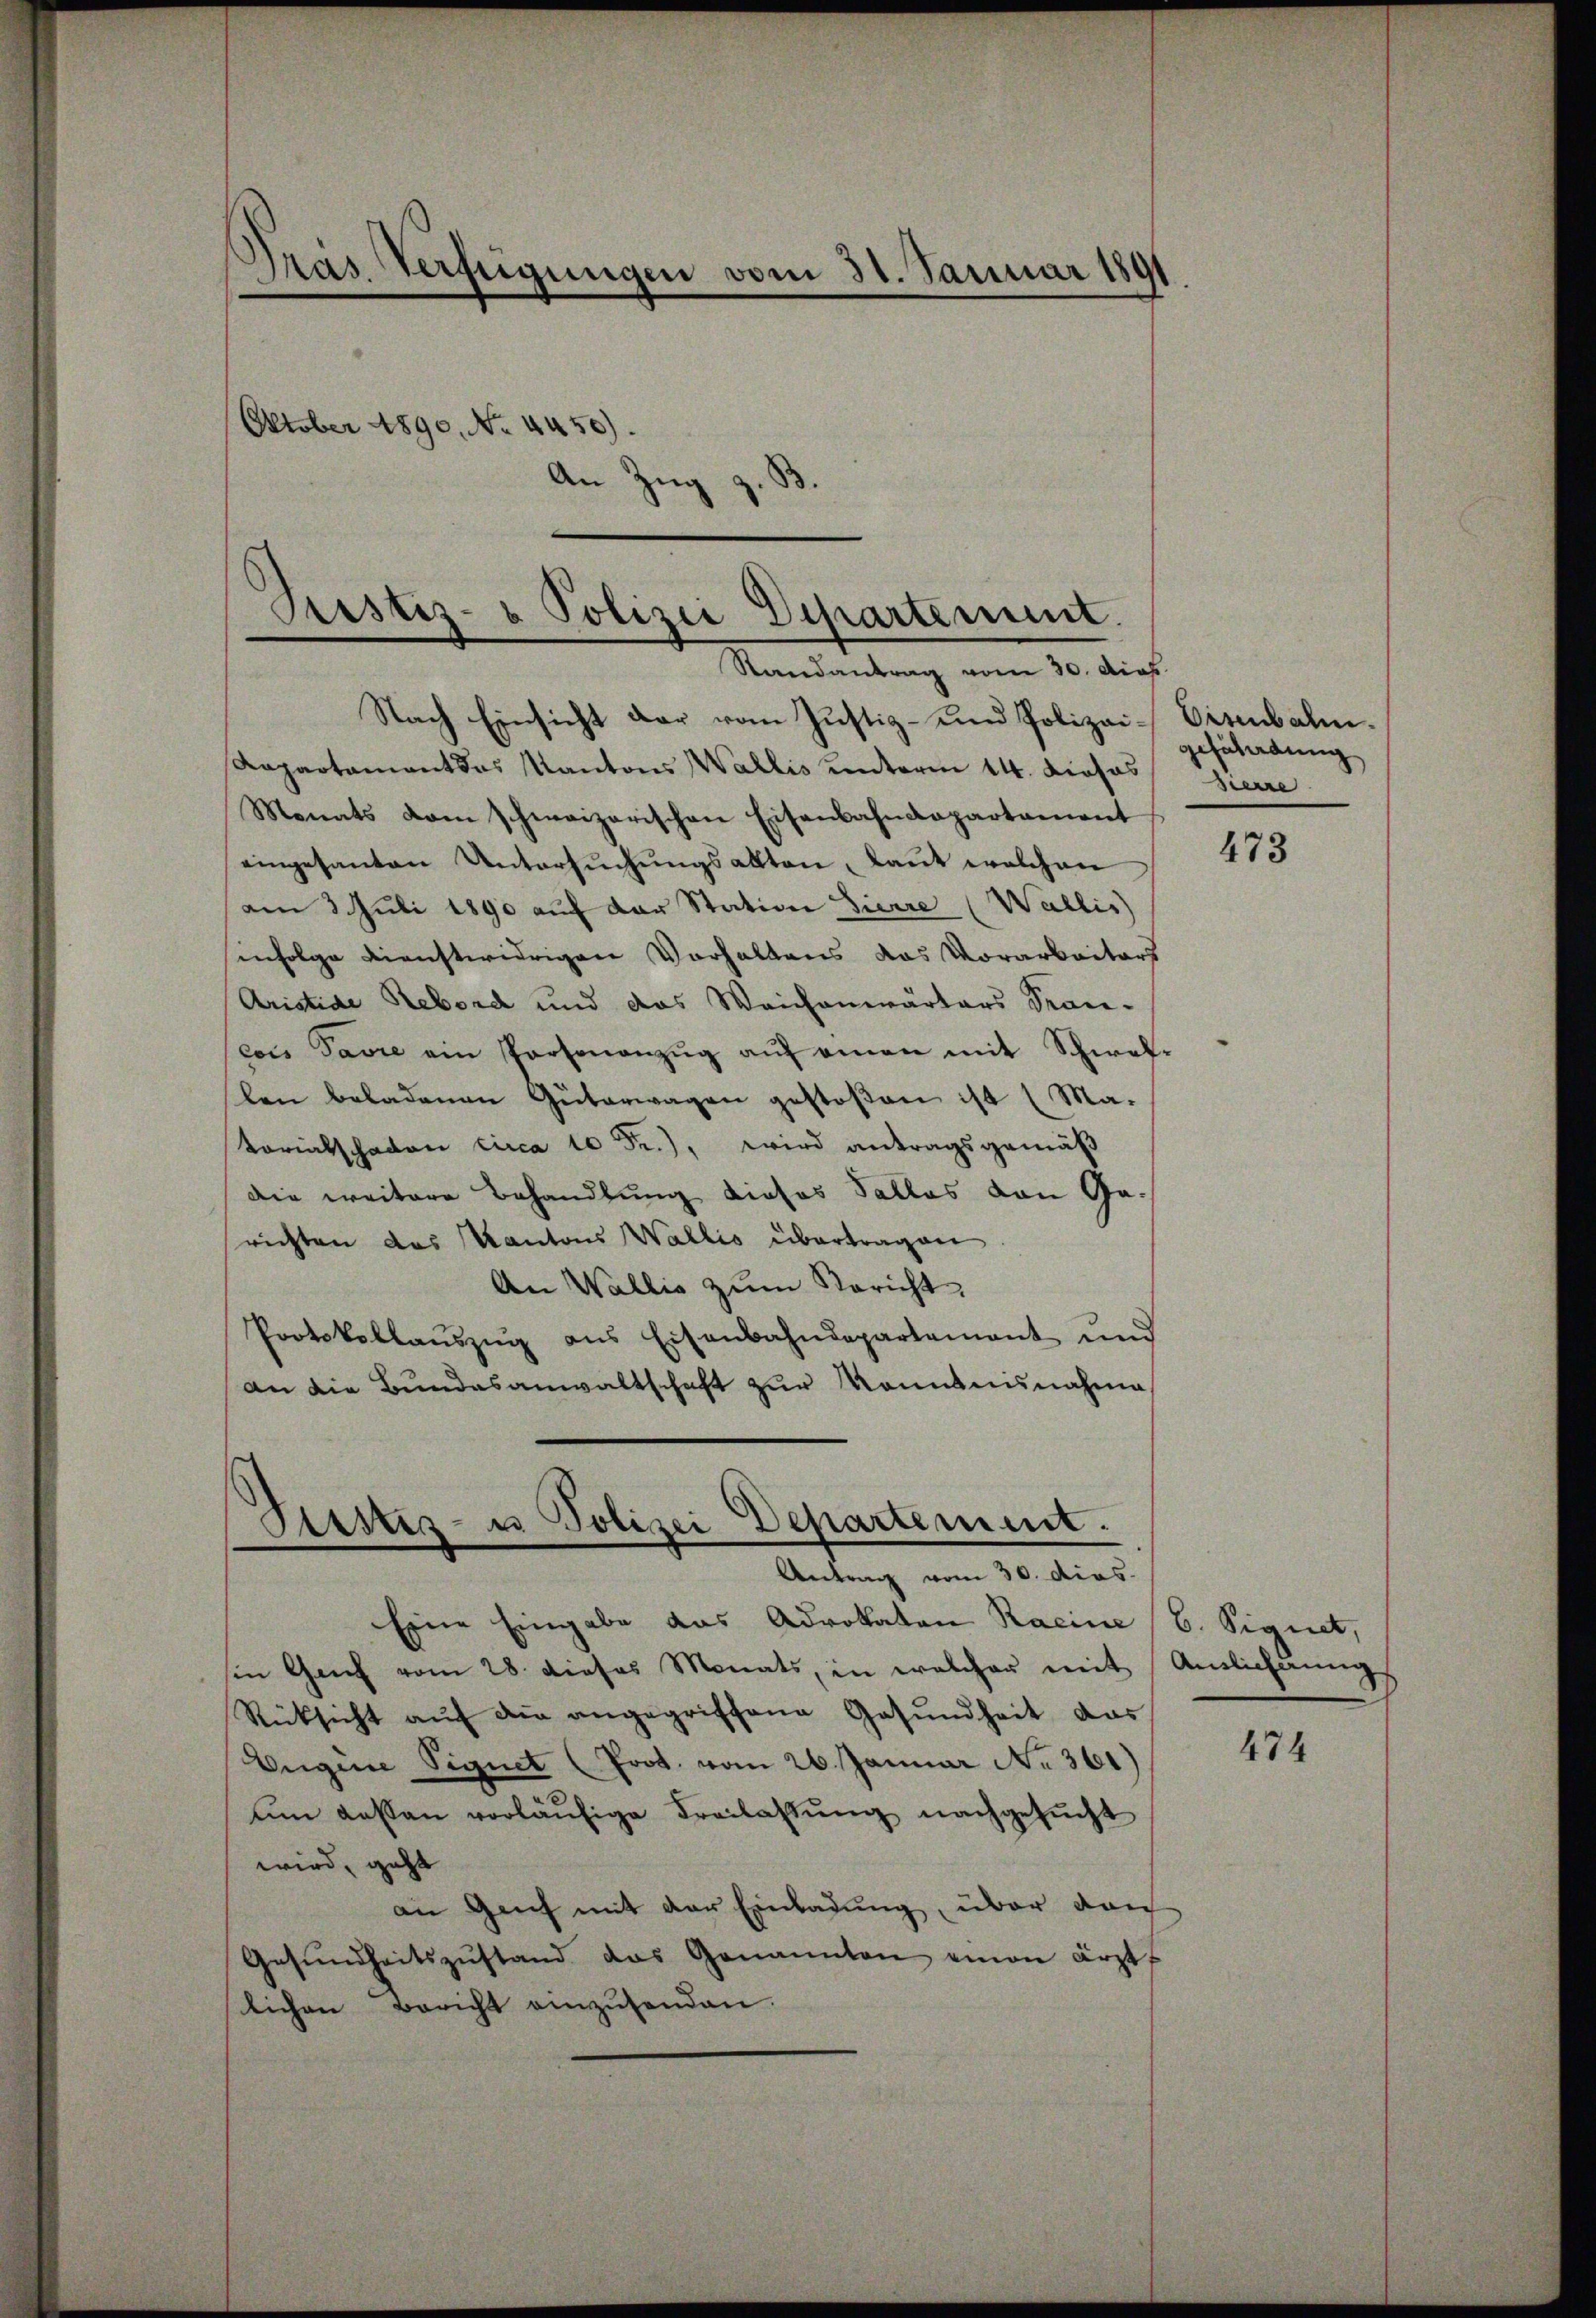
Dras Verfügungen vom 31. Januar 1891
Oktober 1890. No. 4450).
B.
An Zug
.

Prustiz- & Polizei Departement.
Randantrag vom 30. Dich.

Nach Einsicht der vom Justiz- und Polizei- Eisenbahn.
Rapartament das Kantons Wallis unterm 14. Dieses Zierre
Monats vom schweizerischen Eisenbahndepartament
eingesanten Untersuchungsalten, kannt welchen
am 3. Juli 1890 auf der Station Zierre (Wallis)
infolge dienstwidrigen Verhaltens das Vorarbeiters
Aristide Rebord und das Weichenwärters Trau-
cois Favre ein Partenanzŭg aŭf einen mit Schwal-
len beladenen Güterwagen gestoßen ist (Matorialschaden circa 10 Fr.), wird antragsgemäß
die weitere Behandlung dieses Falles von Gesrichten das Kantons Wallis übertragen
An Wallis zum Bericht
Protokollaŭszŭg ans Eisenbahndepartement und
an die Bundesanwaltschaft zur Kenntnisnahme

Siestes- u Polizei Departement.
Antrag vom 30. dies

gefährdung

Eine Eingabe das Advokaten Raine / B. Signet,
in Genf vom 28. dieses Monats, in welcher mit Amlichtung
Rücksicht aŭf die angegriffene Gesŭndheit das
Eugene Signet (Prot. vom 26. Januar No 361)
ŭm dessen vorläŭfige Freilassŭng nachgesŭcht
wird, geht
an Genf mit der Einladung, über dan
Gesŭndheitszŭstand das Genannten einen ärzt
slichen Bericht einzusenden.

473

474